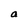
Character: a